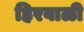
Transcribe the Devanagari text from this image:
हिरवाळी